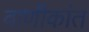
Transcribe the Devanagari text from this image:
वाणीकांत